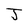
Character: J